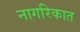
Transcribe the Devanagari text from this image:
नागरिकात